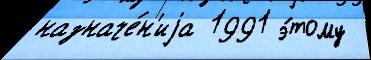
назначе́н'иjа 1991 э́тому